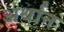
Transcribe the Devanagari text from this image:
अर्थान